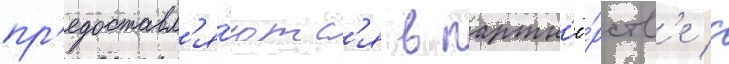
пр'едоставл'я́ютс'я в партн'ё́рств'е с